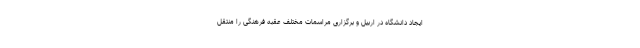
ایجاد دانشگاه در اربیل و برگزاری مراسمات مختلف عقبه فرهنگی را منتقل